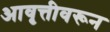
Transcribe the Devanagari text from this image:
आवृत्तीवरून